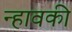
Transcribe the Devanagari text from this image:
न्हावकी